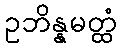
ဥဘိန္နမတ္ထံ